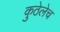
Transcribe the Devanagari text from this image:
कुठेलेच